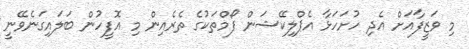
މި ވަޒީފާއަށް އެދި ހުށަހަޅާ އެޕްލިކޭޝަން ފޯމްތަކުގެ ތެރެއިން މި އޮފީހުން ބަލައިގަނެވޭނީ